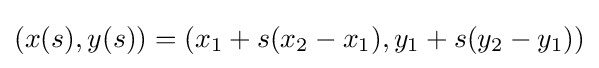
(x(s),y(s))=(x_{1}+s(x_{2}-x_{1}),y_{1}+s(y_{2}-y_{1}))